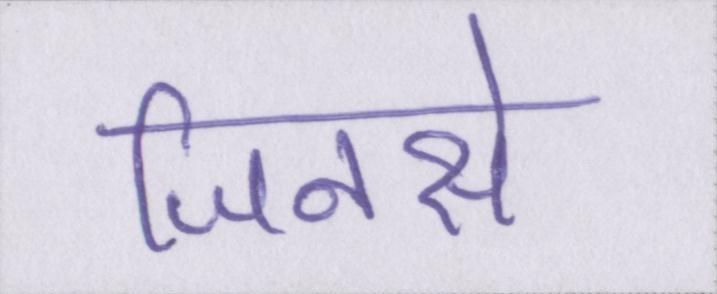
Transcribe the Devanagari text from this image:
जिनसे